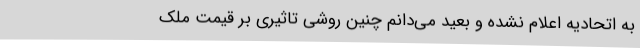
به اتحادیه اعلام نشده و بعید می‌دانم چنین روشی تاثیری بر قیمت ملک